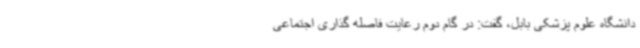
دانشگاه علوم پزشکی بابل، گفت: در گام دوم رعایت فاصله گذاری اجتماعی